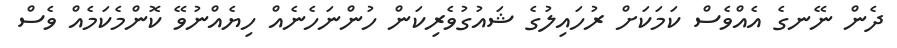
ދެން ނޭނގެ އެއްވެސް ކަމަކަށް ރުހައިލުގެ ޝައުގުވެރިކަން ހުންނަހެނެއް ހިޔެއްނުވޭ ކޮންމެކަމެއް ވެސް